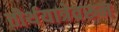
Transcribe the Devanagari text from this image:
तीर्थयात्रेवरून